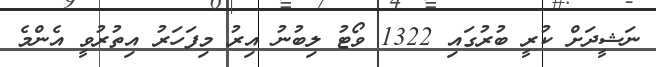
ނަޝީދަށް ކުރީ ބުރުގައި 1322 ވޯޓު ލިބުނު އިރު މިފަހަރު އިތުރުވީ އެންމެ